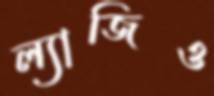
ল্যাজিও